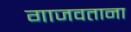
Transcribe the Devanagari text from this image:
गाजवताना